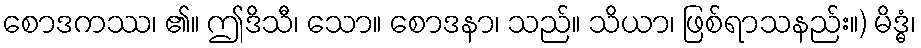
စောဒကဿ၊ ၏။ ဤဒိသီ၊ သော။ စောဒနာ၊ သည်။ သိယာ၊ ဖြစ်ရာသနည်း။) မိဒ္ဓံ၊